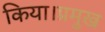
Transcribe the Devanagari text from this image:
किया।प्रमुख